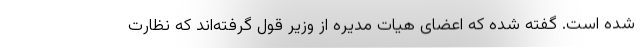
شده است. گفته شده که اعضای هیات مدیره از وزیر قول گرفته‌اند که نظارت